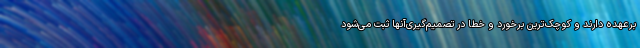
برعهده دارند و کوچک‌ترین برخورد و خطا در تصمیم‌گیری‌آنها ثبت می‌شود